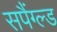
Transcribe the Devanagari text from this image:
सपैंग्ल्ड